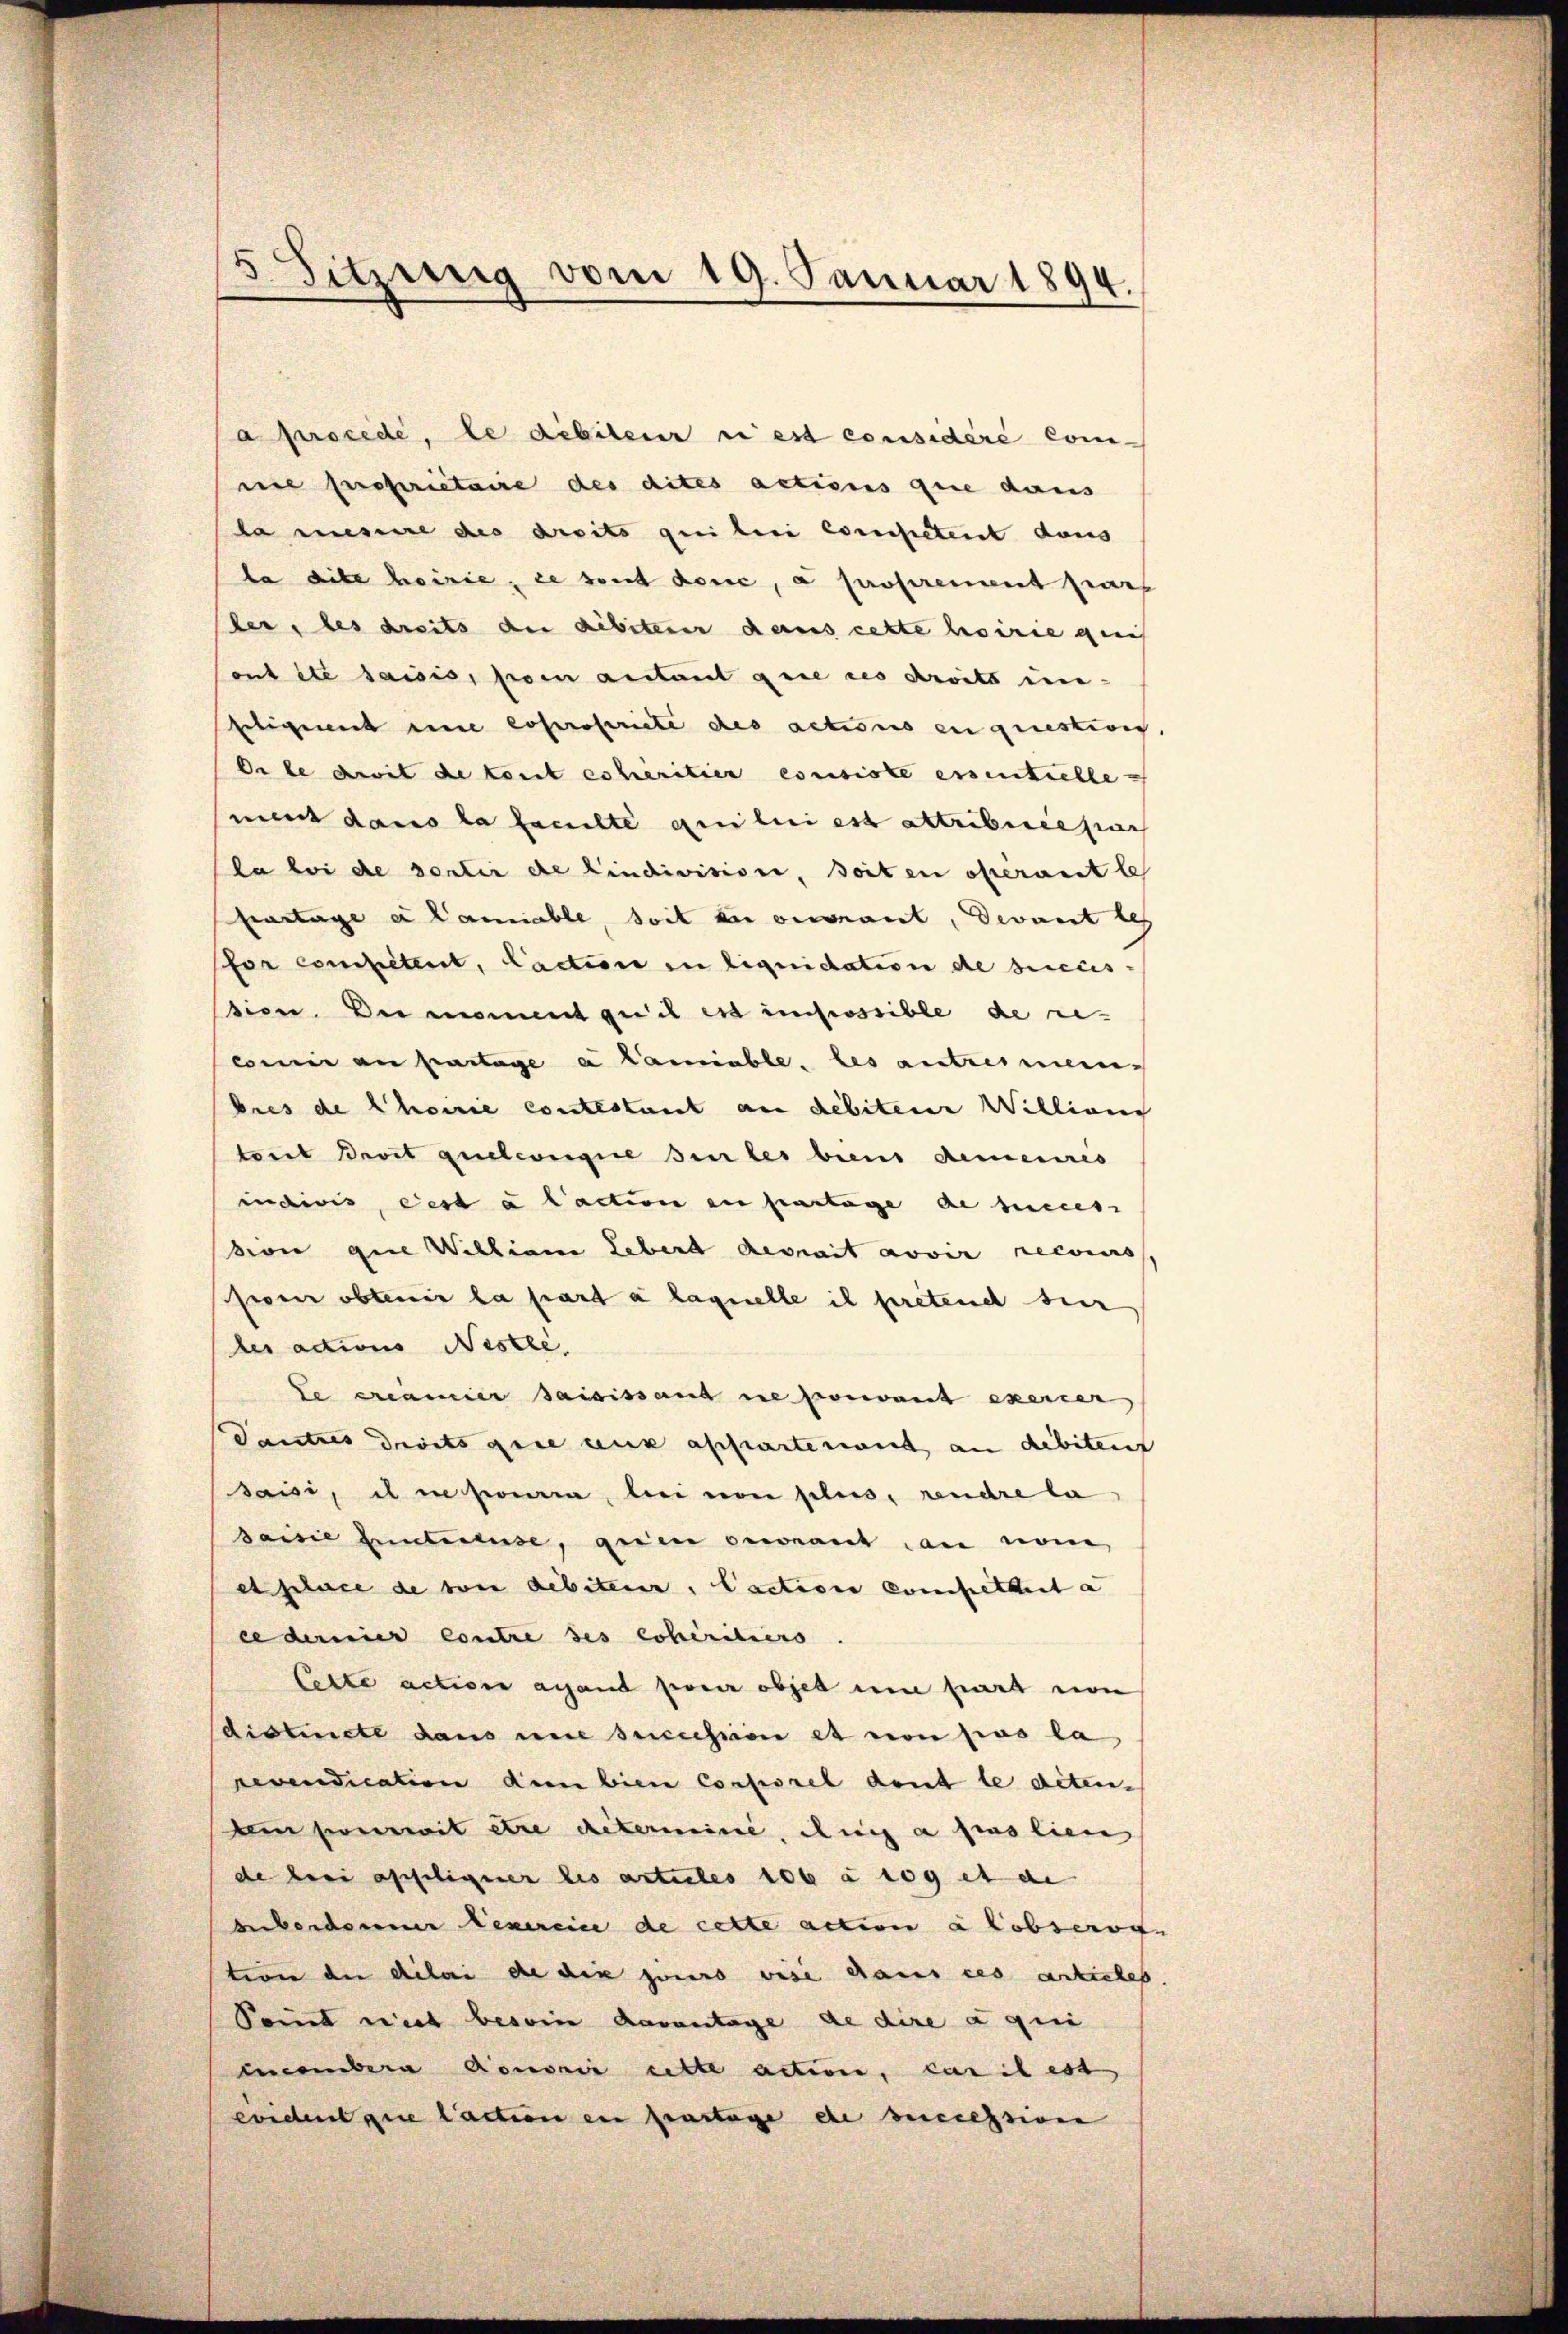
Sitzurig vom 19. Januar 1894.

a procédé, le débiteur u est considéré comne propriétaire des dites actions que daus
da messere des dreits qui beni competent dans
ba die hoirie, ze soit dene, a proprement par
der, les dreits der debiterer dans cette hoirie geis
Sont été saisis, per autant que ces droits uneligiert une copropriete des actions en questivis,
de le droit de konnt erheritier consiste essentielle
ment dans la faculté qui lui est attribueepian
la bei de sentin die Lindivision, soiten offerant le
partage a Camiable, soit zu verant, devant les
for competent, Caction in liquidation de briciis
sion. Dermannes geich es impossible de re-
comir an partage a Camiable, les antreimenbres de Choirie contestant an debiten Willians
tort Broit quelcongie den les biens demeures
indivis, ces a laction in partage de hines
vion que Welliam Lebert devrait avoir recours
he obtenir la part à laquelle il pretend sein
des actions Nestle
Le creamier saisissant ne pouvant exercer
dautres droits gere ceux assiasterint an debiten
saisi, il insowen, bei von plus, rendre la
saisie Eintause, gerin gewant an nom,
es place de von debiteur, Caction competheit a
ee demier contre des cohéritiers
Cette action aband pour objet um hart von
distincte dans une succession et von pas la
revendication den bien Corporel dont le detenbin somit etc determine, den a pas lien
de beri appeligier les articles 106 à sog et de
beiberdonner exercice de cette action à Cobseror
tion der delai die dix jours vise dans ces articles.
Kommt niet besoin devantage de dire à qui
ecember Rouenir cette action, cas il est
erident que laction en partage de recession